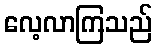
လေ့လာကြသည်